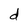
Character: d